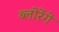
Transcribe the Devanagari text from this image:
ब्लोरेंगे